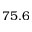
7 5 . 6